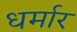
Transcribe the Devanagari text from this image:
धर्मार